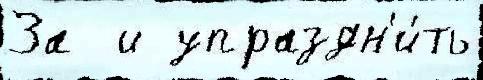
За  и упраздн'и́ть